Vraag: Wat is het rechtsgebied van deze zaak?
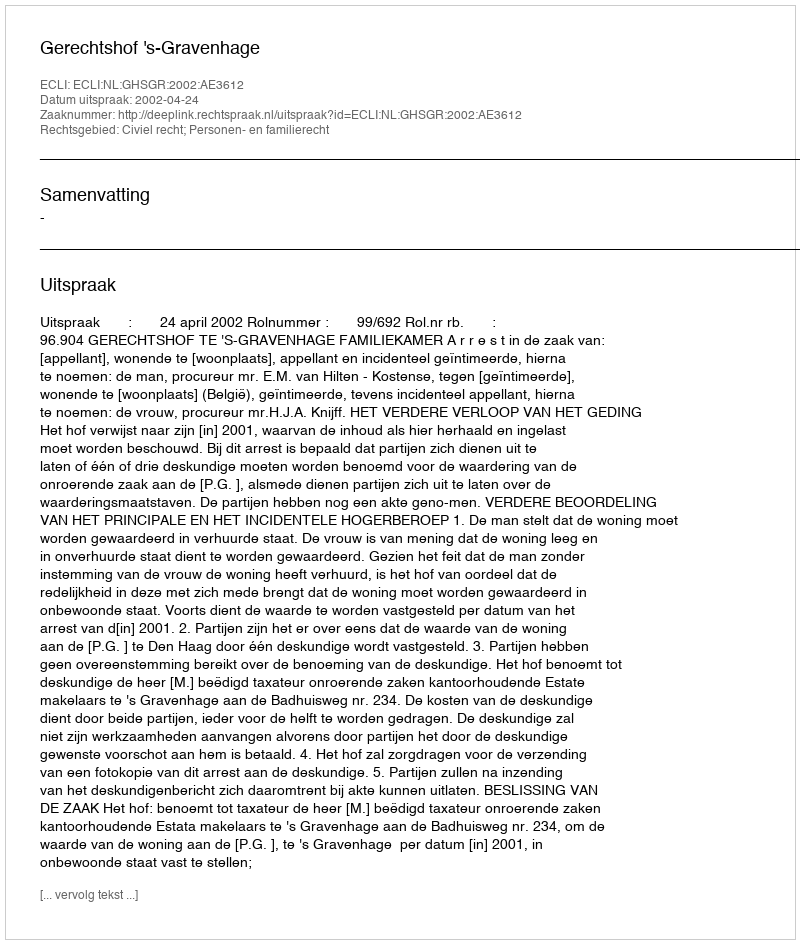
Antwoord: Civiel recht; Personen- en familierecht